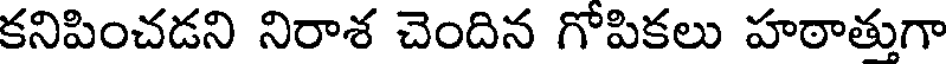
కనిపించడని నిరాశ చెందిన గోపికలు హఠాత్తుగా